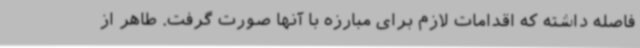
فاصله داشته که اقدامات لازم برای مبارزه با آنها صورت گرفت. طاهر از